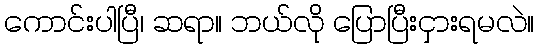
ကောင်းပါပြီ၊ ဆရာ။ ဘယ်လို ပြောပြီးငှားရမလဲ။